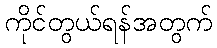
ကိုင်တွယ်ရန်အတွက်